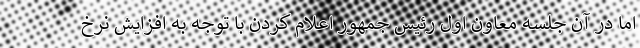
اما در آن جلسه معاون اول رئیس جمهور اعلام کردن با توجه به افزایش نرخ